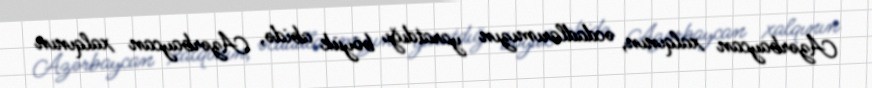
Azərbaycan xalqının, əcdadlarımızın yaratdığı böyük abidə, Azərbaycan xalqının